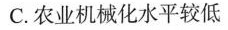
C.农业机械化水平较低